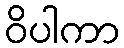
ဝိပါကာ